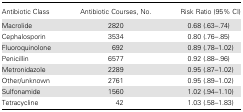
<table><thead><tr><td><b>Antibiotic Class</b></td><td><b>Antibiotic Courses, No.</b></td><td><b>Risk Ratio (95% CI)</b></td></tr></thead><tbody><tr><td>Macrolide</td><td>2820</td><td>0.68 (.63–.74)</td></tr><tr><td>Cephalosporin</td><td>3534</td><td>0.80 (.76–.85)</td></tr><tr><td>Fluoroquinolone</td><td>692</td><td>0.89 (.78–1.02)</td></tr><tr><td>Penicillin</td><td>6577</td><td>0.92 (.88–.96)</td></tr><tr><td>Metronidazole</td><td>2289</td><td>0.95 (.87–1.02)</td></tr><tr><td>Other/unknown</td><td>2761</td><td>0.95 (.89–1.02)</td></tr><tr><td>Sulfonamide</td><td>1560</td><td>1.02 (.94–1.10)</td></tr><tr><td>Tetracycline</td><td>42</td><td>1.03 (.58–1.83)</td></tr></tbody></table>